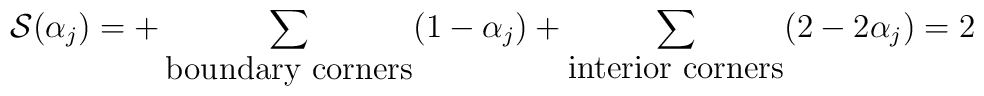
{\cal S}(\alpha_j) = + \sum_{\hbox{boundary corners}} (1-\alpha_j) +\sum_{\hbox{interior corners}} (2-2\alpha_j) =2